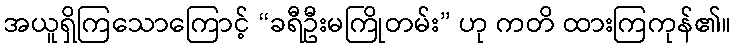
အယူရှိကြသောကြောင့် “ခရီဦးမကြိုတမ်း” ဟု ကတိ ထားကြကုန်၏။